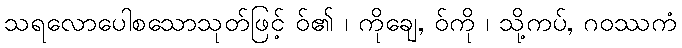
သရလောပေါစသောသုတ်ဖြင့် ဝ်၏ ၊ ကိုချေ, ဝ်ကို ၊ သို့ကပ်, ဂဝဿကံ